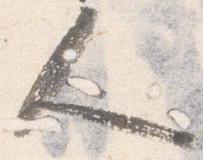
人